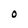
Character: O